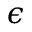
\epsilon